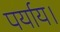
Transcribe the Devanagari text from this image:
पर्याय।